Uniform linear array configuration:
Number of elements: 24
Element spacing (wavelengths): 0.75
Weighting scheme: uniform
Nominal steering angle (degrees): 30
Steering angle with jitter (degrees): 29.387
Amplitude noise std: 0.05
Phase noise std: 0.05

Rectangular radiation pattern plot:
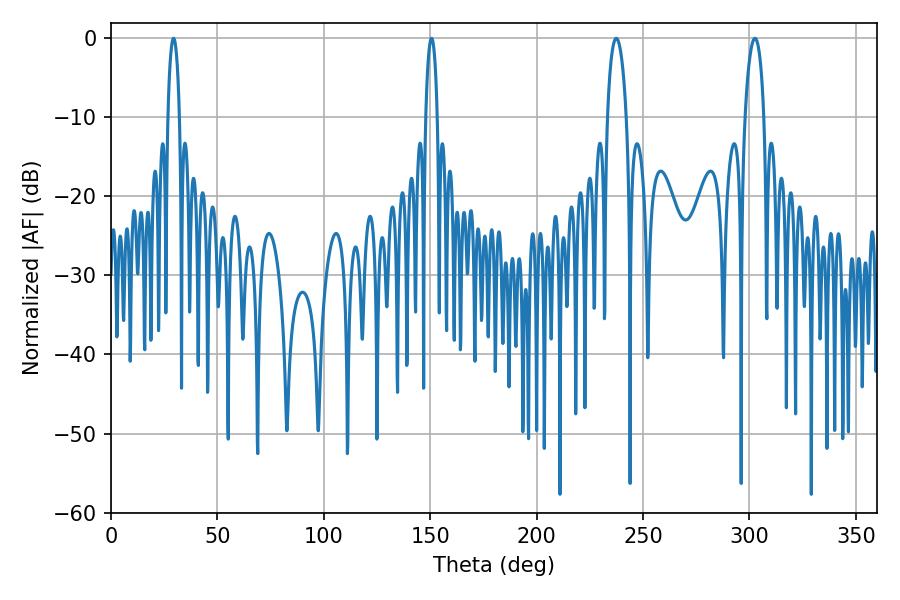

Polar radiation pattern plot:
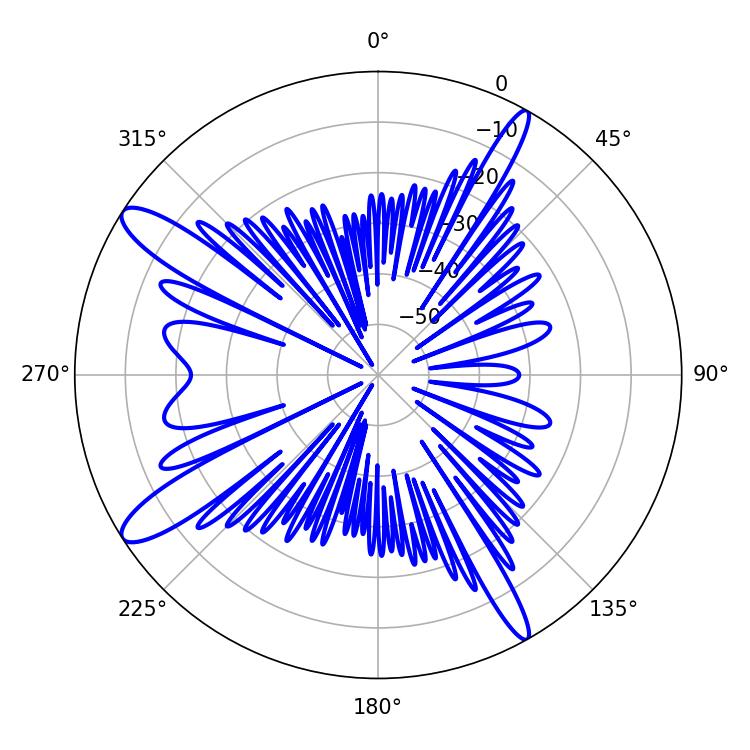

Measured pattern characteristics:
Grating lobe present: TRUE
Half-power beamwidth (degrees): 5.22
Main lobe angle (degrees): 237.42